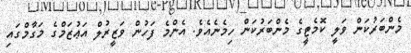
މެންބަރުކަން ވަލީ ކޮމެޓީގެ މެންބަރުކަން ހިމެނެއެވެ. އެންމެ ފަހުން ވަޒީރުލް އަޢުޒަމްގެ މަގާމްގައި